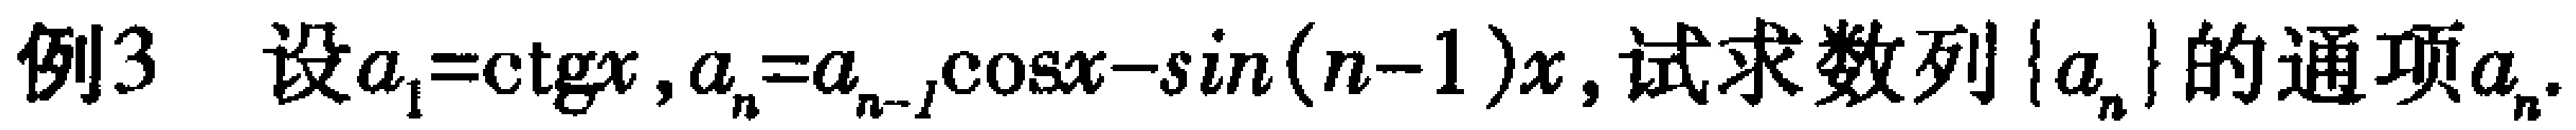
例3 设\(a_{1}=\mathrm{ctg}x,a_{n}=a_{n - 1}\cos x-\sin(n - 1)x\),试求数列\(\{a_{n}\}\)的通项\(a_{n}\).